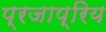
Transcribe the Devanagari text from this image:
प्रजाप्रिय